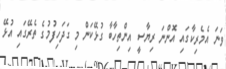
ވަނަ އެމެރިކާގައި އޮންނަ ރިޔާސީ އިންތިހާބާ ގުޅޭކަން މި ގަދަހިފުމުގެ ތެރޭގައި އުޅޭ